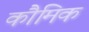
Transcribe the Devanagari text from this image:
कौमिक